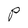
Character: P